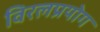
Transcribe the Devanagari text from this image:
विरलप्रयोग